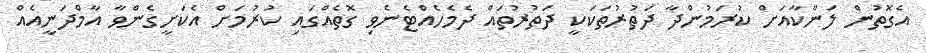
އެގޮތުން ލަންކާއަށް ކުރަމުންދާ ދަތުރުތަކަކީ ދަތުރުތައް ދެމެހެއްޓެނެވި ގޮތެއްގައި ކުރުމަށް އެކަށީގެންވާ އާމްދަނީއެއް